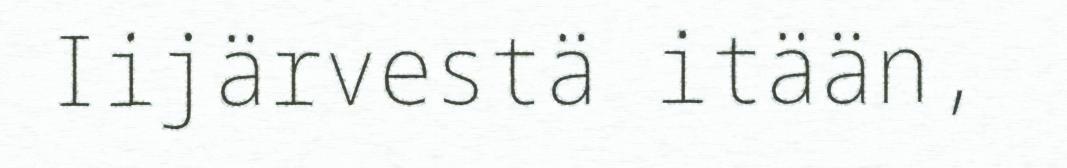
Iijärvestä itään,